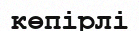
көпірлі